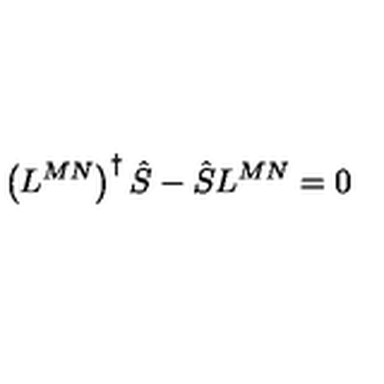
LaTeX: \left( L ^ { M N } \right) ^ { \dagger } \hat { S } - \hat { S } L ^ { M N } = 0